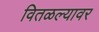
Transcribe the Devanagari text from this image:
वितळल्यावर